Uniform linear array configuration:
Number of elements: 64
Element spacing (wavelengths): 0.5
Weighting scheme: binomial
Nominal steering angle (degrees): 60
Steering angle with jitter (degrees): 59.221
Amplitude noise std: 0.05
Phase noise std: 0.05

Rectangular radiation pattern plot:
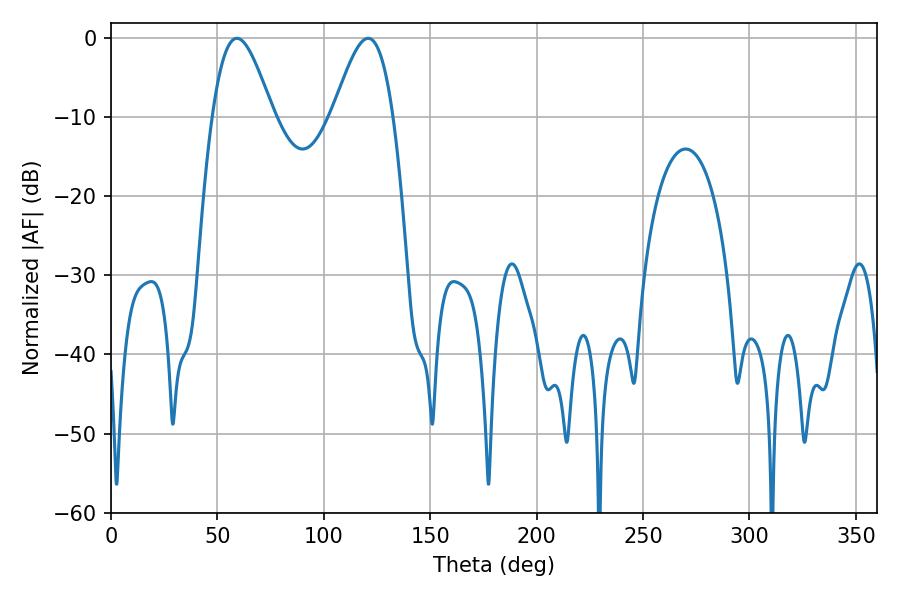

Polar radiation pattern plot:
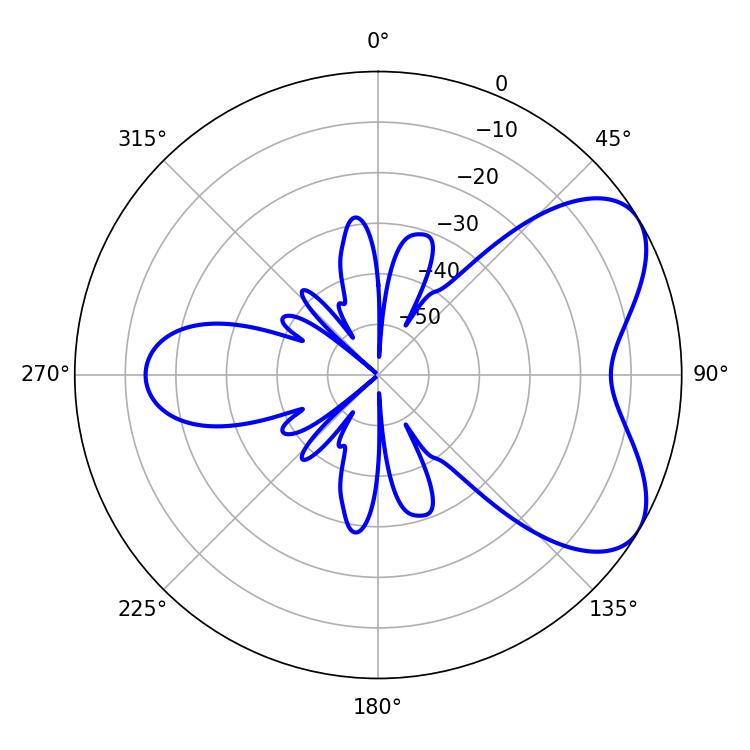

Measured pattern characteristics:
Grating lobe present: FALSE
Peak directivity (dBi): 5.944
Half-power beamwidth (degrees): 15.3
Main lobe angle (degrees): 59.22